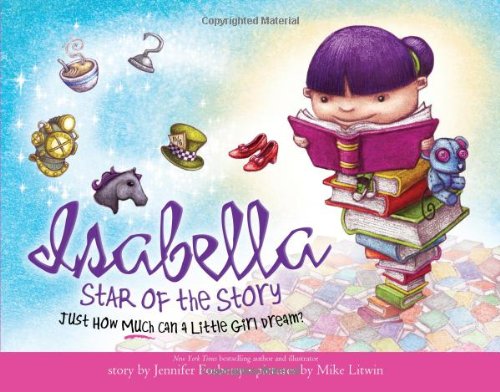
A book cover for Isabella: Star of the Story; Jennifer Fosberry; Children's Books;